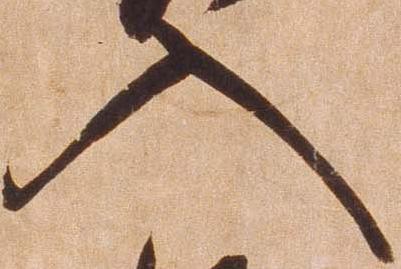
入